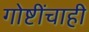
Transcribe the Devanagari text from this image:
गोष्टींचाही